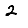
Digit: 2